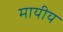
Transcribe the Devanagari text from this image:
मायीय